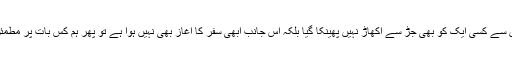
جب معاملے کے روٹ کازز میں سے کسی ایک کو بھی جڑ سے اکھاڑ نہیں پھینکا گیا بلکہ اس جانب ابھی سفر کا آغاز بھی نہیں ہوا ہے تو پھر ہم کس بات پر مطمئن ہیں کہ مسئلہ حل ہونے کو ہے۔